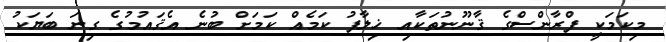
މިކަމަކީ ފްރާންސްގެ ޤާނޫނުތަކާއި ޚިލާފު ކަމެއް ކަމަށް ބުނެ އެޤައުމުގެ ގިނަ ބަޔަކު